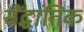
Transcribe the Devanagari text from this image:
सैंद्धांतिक